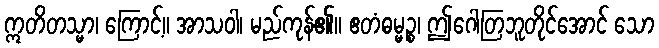
ဣတိတသ္မာ၊ ကြောင့်။ အာသဝါ၊ မည်ကုန်၏။ ဧတံဓမ္မဉ္စ၊ ဤဂေါတြဘူတိုင်အောင် သော